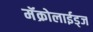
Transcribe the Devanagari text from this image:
मॅक्रोलाईड्ज